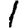
Digit: 1